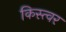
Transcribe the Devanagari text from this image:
किस्त्वर